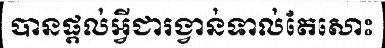
បានផ្តល់អ្វីជារង្វាន់ទាល់តែសោះ